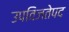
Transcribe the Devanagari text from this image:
उपविजतेपद